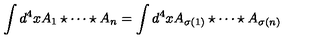
\int d ^ { 4 } x A _ { 1 } \star \cdots \star A _ { n } = \int d ^ { 4 } x A _ { \sigma ( 1 ) } \star \cdots \star A _ { \sigma ( n ) }